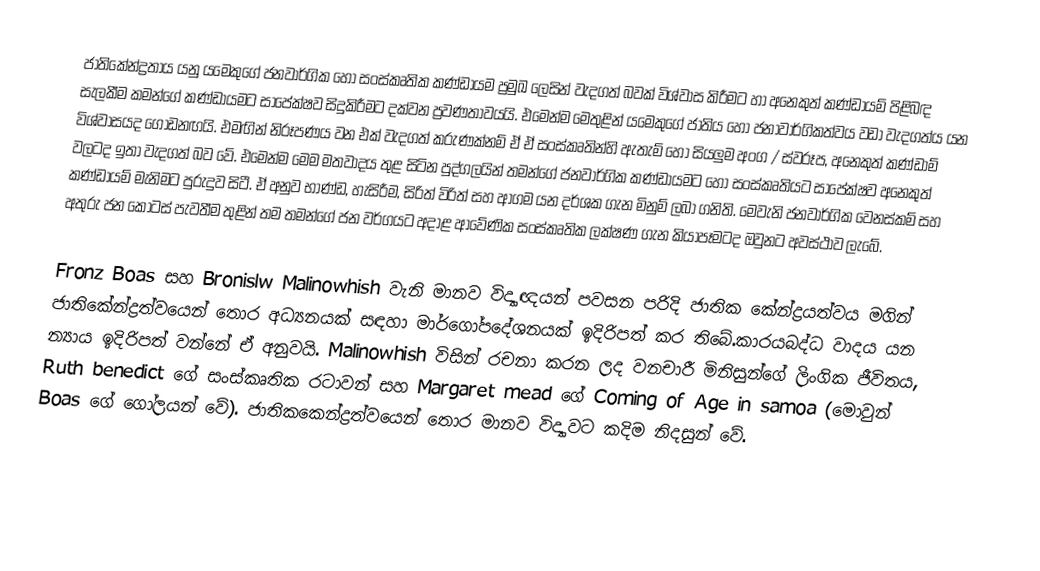
ජාතිකේන්ද්‍රතාය යනු යමෙකුගේ ජනවාර්ගික හෝ සංස්කෘතික කණ්ඩායම ප්‍රමුඛ ලෙසින් වැදගත් බවක් විශ්වාස කිරීමට හා අනෙකුත් කණ්ඩායම් පිළිබඳ සැලකීම කමන්ගේ කණ්ඩායමට සාපේක්ෂව සිදුකිරීමට දක්වන ප්‍රවණතාවයයි.  එමෙන්ම මෙතුළින් යමෙකුගේ ජාතිය හෝ ජනාවාර්ගිකත්වය වඩා වැදගත්ය යන විශ්වාසයද ගොඩනඟයි. එමඟින් නිරූපණය වන එක් වැදගත් කරුණක්නම් ඒ ඒ   සංස්කෘතින්හි ඇතැම්  හෝ සියලුම අංග / ස්වරූප, අනෙකුත් කණ්ඩාම් වලටද ඉතා වැදගත් බව  වේ. එමෙන්ම මෙම මතවාදය තුළ සිටින පුද්ගලයින් තමන්ගේ ජනවාර්ගික කණ්ඩායමට හෝ සංස්කෘතියට සාපේක්ෂව අනෙකුත් කණ්ඩායම් මැනිමට පුරුදුව සිටී. ඒ අනුව භාණ්ඩ, හැසිරීම, සිරිත් විරිත් සහ ආගම යන දර්ශක ගැන මිනුම් ලබා ගනිති.  මෙවැනි ජනවාර්ගික වෙනස්කම් සහ අතුරු ජන කොටස් පැවතීම තුළින් තම තමන්ගේ ජන වර්ගයට අදාළ ආවේණික සංස්කෘතික ලක්ෂණ ගැන කියාපෑමටද ඔවුනට අවස්ථාව ලැබේ.

Fronz Boas සහ Bronislw Malinowhish වැනි මානව විද්‍යාඥයන් පවසන පරිදි ජාතික‍ කේන්ද්‍රයත්වය මගින් ජාතිකේන්ද්‍රත්වයෙන් ‍තොර අධ්‍යනයක් සඳහා මාර්ගෝපදේශනයක් ඉදිරිපත් කර තිබේ.කාරයබද්ධ වාදය යන න්‍යාය ඉදිරිපත් වන්නේ ඒ අනුවයි. Malinowhish  විසින් රචනා කරන ලද වනචාරී මිනිසුන්ගේ ලිංගික ජීවිතය, Ruth benedict ගේ සංස්කෘතික රටාවන් සහ   Margaret mead ගේ Coming of Age in samoa (මොවුන් Boas  ගේ ගෝලයන් වේ). ජාතිකකෙන්ද්‍රත්වයෙන් තොර මානව විද්‍යාවට කදිම නිදසුන් වේ.